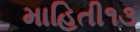
માહિતી૧૩